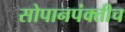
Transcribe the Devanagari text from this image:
सोपानपंक्तीच